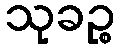
သုခဉ္စ